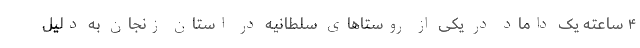
۴ ساعته یک داماد در یکی از روستاهای سلطانیه در استان زنجان به دلیل